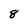
Character: 8